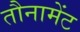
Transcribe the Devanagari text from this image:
तौनामेंट